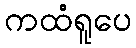
ကထံရူပေ